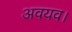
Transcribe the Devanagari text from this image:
अवयव।